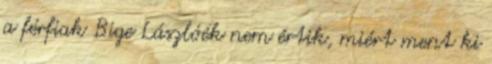
a férfiak Bige Lászlóék nem értik, miért ment ki